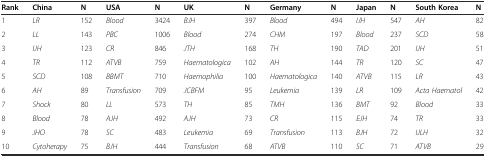
<table><thead><tr><td><b>Rank</b></td><td><b>China</b></td><td><b>N</b></td><td><b>USA</b></td><td><b>N</b></td><td><b>UK</b></td><td><b>N</b></td><td><b>Germany</b></td><td><b>N</b></td><td><b>Japan</b></td><td><b>N</b></td><td><b>South Korea</b></td><td><b>N</b></td></tr></thead><tbody><tr><td>1</td><td><i>LR</i></td><td>152</td><td><i>Blood</i></td><td>3424</td><td><i>BJH</i></td><td>397</td><td><i>Blood</i></td><td>494</td><td><i>IJH</i></td><td>547</td><td><i>AH</i></td><td>82</td></tr><tr><td>2</td><td><i>LL</i></td><td>143</td><td><i>PBC</i></td><td>1006</td><td><i>Blood</i></td><td>274</td><td><i>CHM</i></td><td>197</td><td><i>Blood</i></td><td>237</td><td><i>SCD</i></td><td>58</td></tr><tr><td>3</td><td><i>IJH</i></td><td>123</td><td><i>CR</i></td><td>846</td><td><i>JTH</i></td><td>168</td><td><i>TH</i></td><td>190</td><td><i>TAD</i></td><td>201</td><td><i>IJH</i></td><td>51</td></tr><tr><td>4</td><td><i>TR</i></td><td>112</td><td><i>ATVB</i></td><td>759</td><td><i>Haematologica</i></td><td>102</td><td><i>AH</i></td><td>144</td><td><i>TR</i></td><td>120</td><td><i>SC</i></td><td>47</td></tr><tr><td>5</td><td><i>SCD</i></td><td>108</td><td><i>BBMT</i></td><td>710</td><td><i>Haemophilia</i></td><td>100</td><td><i>Haematologica</i></td><td>140</td><td><i>ATVB</i></td><td>115</td><td><i>LR</i></td><td>43</td></tr><tr><td>6</td><td><i>AH</i></td><td>89</td><td><i>Transfusion</i></td><td>709</td><td><i>JCBFM</i></td><td>95</td><td><i>Leukemia</i></td><td>139</td><td><i>LR</i></td><td>109</td><td><i>Acta Haematol</i></td><td>42</td></tr><tr><td>7</td><td><i>Shock</i></td><td>80</td><td><i>LL</i></td><td>573</td><td><i>TH</i></td><td>85</td><td><i>TMH</i></td><td>136</td><td><i>BMT</i></td><td>92</td><td><i>Blood</i></td><td>33</td></tr><tr><td>8</td><td><i>Blood</i></td><td>78</td><td><i>AJH</i></td><td>492</td><td><i>AJH</i></td><td>73</td><td><i>CR</i></td><td>115</td><td><i>EJH</i></td><td>74</td><td><i>TR</i></td><td>33</td></tr><tr><td>9</td><td><i>JHO</i></td><td>78</td><td><i>SC</i></td><td>483</td><td><i>Leukemia</i></td><td>69</td><td><i>Transfusion</i></td><td>113</td><td><i>BJH</i></td><td>72</td><td><i>IJLH</i></td><td>32</td></tr><tr><td>10</td><td><i>Cytoherapy</i></td><td>75</td><td><i>BJH</i></td><td>444</td><td><i>Transfusion</i></td><td>68</td><td><i>ATVB</i></td><td>110</td><td><i>SC</i></td><td>71</td><td><i>ATVB</i></td><td>29</td></tr></tbody></table>